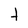
Character: t